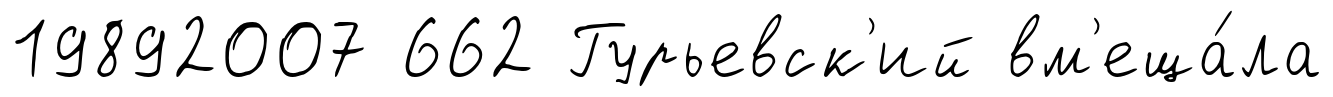
19892007 662 Гурьевск'ий вм'еща́ла